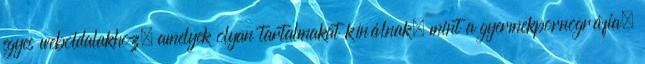
egyes weboldalakhoz, amelyek olyan tartalmakat kínálnak, mint a gyermekpornográfia,